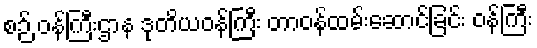
စဉ် ဝန်ကြီးဌာန ဒုတိယဝန်ကြီး တာဝန်ထမ်းဆောင်ခြင်း ဝန်ကြီး